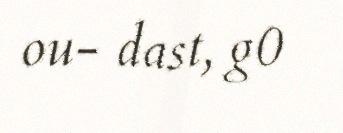
ou- dast, g0